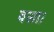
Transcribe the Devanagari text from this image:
वसा।